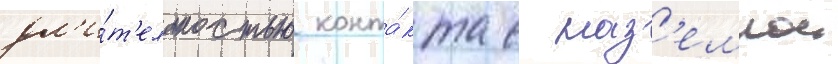
дл'и́т'ельностью конта́кта с наз'емнои